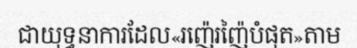
ជាយុទ្ធនាការដែល«រញ៉េរញ៉ៃបំផុត»តាម